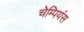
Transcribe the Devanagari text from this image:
चेम्पियंस